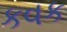
કવક